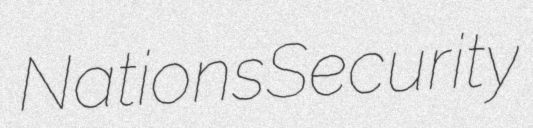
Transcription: Nations Security